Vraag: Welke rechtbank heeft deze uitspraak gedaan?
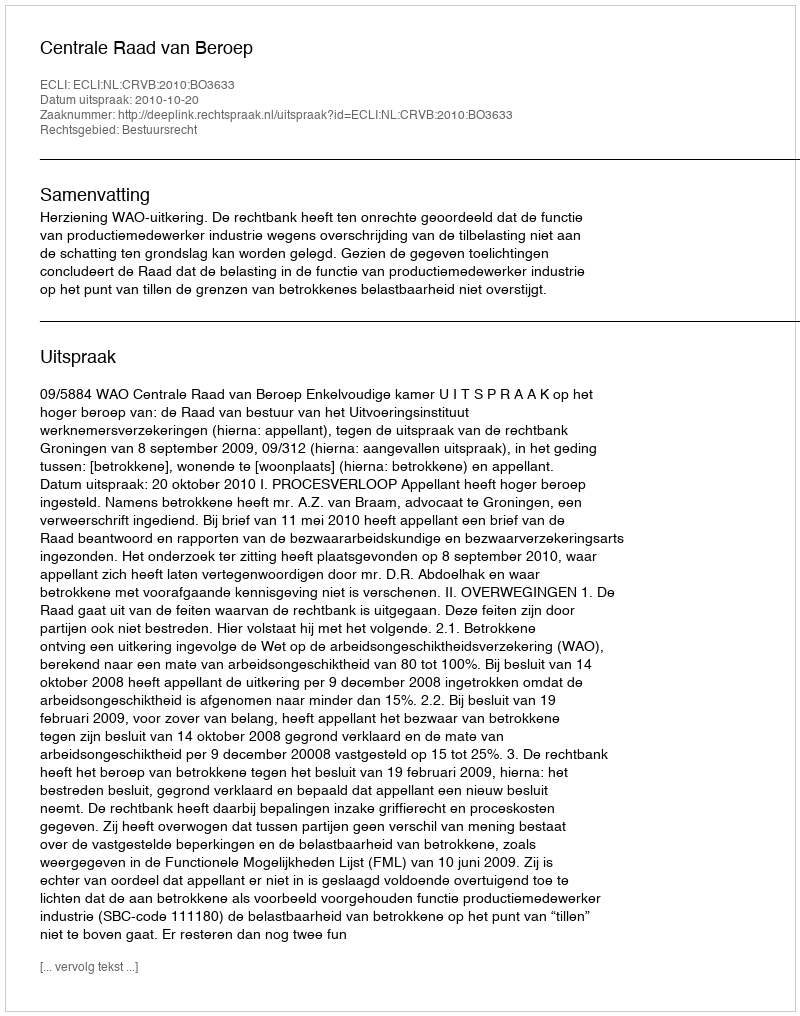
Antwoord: Centrale Raad van Beroep